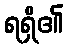
ရရှိ၏